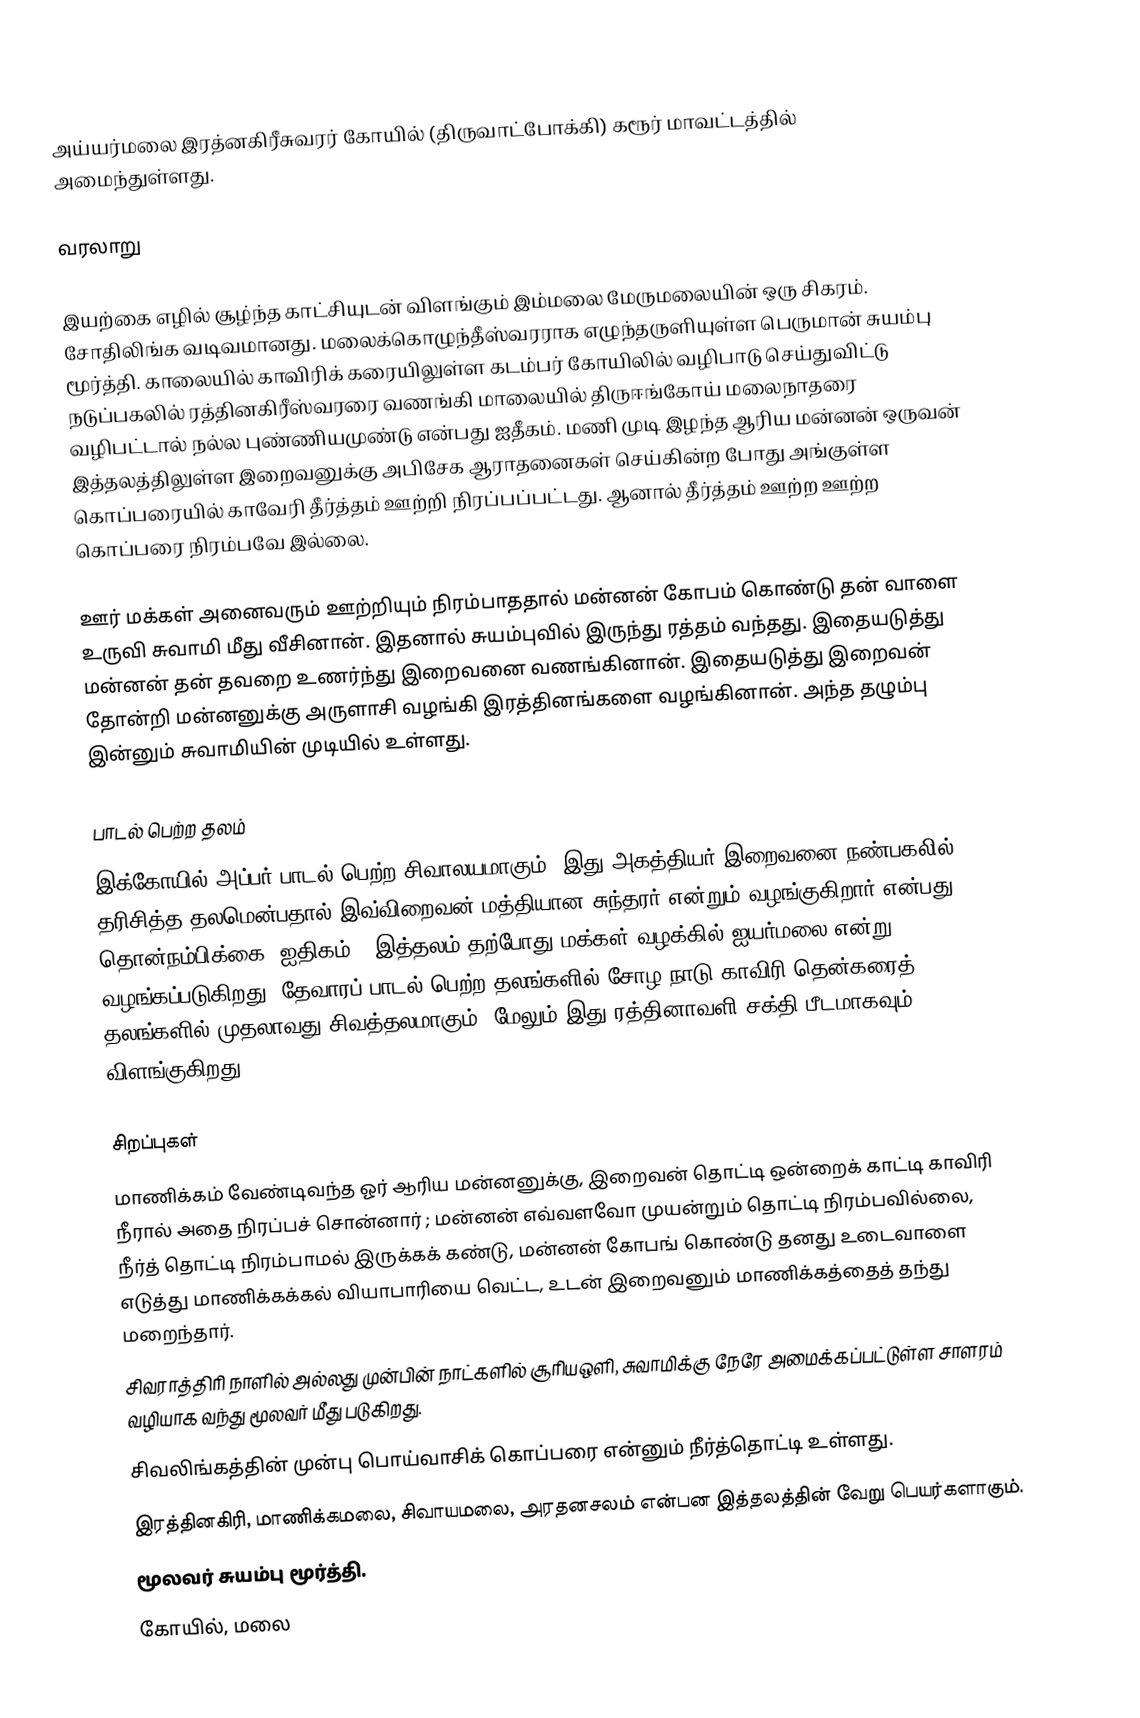
அய்யர்மலை இரத்னகிரீசுவரர் கோயில் (திருவாட்போக்கி) கரூர் மாவட்டத்தில் அமைந்துள்ளது.

வரலாறு

இயற்கை எழில் சூழ்ந்த காட்சியுடன் விளங்கும் இம்மலை மேருமலையின் ஒரு சிகரம். சோதிலிங்க வடிவமானது. மலைக்கொழுந்தீஸ்வரராக எழுந்தருளியுள்ள பெருமான் சுயம்பு மூர்த்தி. காலையில் காவிரிக் கரையிலுள்ள கடம்பர் கோயிலில் வழிபாடு செய்துவிட்டு நடுப்பகலில் ரத்தினகிரீஸ்வரரை வணங்கி மாலையில் திருஈங்கோய் மலைநாதரை வழிபட்டால் நல்ல புண்ணியமுண்டு என்பது ஐதீகம். மணி முடி இழந்த ஆரிய மன்னன் ஒருவன் இத்தலத்திலுள்ள இறைவனுக்கு அபிசேக ஆராதனைகள் செய்கின்ற போது அங்குள்ள கொப்பரையில் காவேரி தீர்த்தம் ஊற்றி நிரப்பப்பட்டது. ஆனால் தீர்த்தம் ஊற்ற ஊற்ற கொப்பரை நிரம்பவே இல்லை.

ஊர் மக்கள் அனைவரும் ஊற்றியும் நிரம்பாததால் மன்னன் கோபம் கொண்டு தன் வாளை உருவி சுவாமி மீது வீசினான். இதனால் சுயம்புவில் இருந்து ரத்தம் வந்தது. இதையடுத்து மன்னன் தன் தவறை உணர்ந்து இறைவனை வணங்கினான். இதையடுத்து இறைவன் தோன்றி மன்னனுக்கு அருளாசி வழங்கி இரத்தினங்களை வழங்கினான். அந்த தழும்பு இன்னும் சுவாமியின் முடியில் உள்ளது.

பாடல் பெற்ற தலம்
இக்கோயில் அப்பர் பாடல் பெற்ற சிவாலயமாகும். இது  அகத்தியர் இறைவனை நண்பகலில் தரிசித்த தலமென்பதால் இவ்விறைவன் மத்தியான சுந்தரர் என்றும் வழங்குகிறார் என்பது தொன்நம்பிக்கை (ஐதிகம்). இத்தலம் தற்போது மக்கள் வழக்கில் ஐயர்மலை என்று வழங்கப்படுகிறது. தேவாரப் பாடல் பெற்ற தலங்களில் சோழ நாடு காவிரி தென்கரைத் தலங்களில் முதலாவது சிவத்தலமாகும்.  மேலும் இது ரத்தினாவளி சக்தி பீடமாகவும் விளங்குகிறது.

சிறப்புகள்
மாணிக்கம் வேண்டிவந்த ஓர் ஆரிய மன்னனுக்கு, இறைவன் தொட்டி ஒன்றைக் காட்டி காவிரி நீரால் அதை நிரப்பச் சொன்னார் ; மன்னன் எவ்வளவோ முயன்றும்  தொட்டி நிரம்பவில்லை, நீர்த் தொட்டி நிரம்பாமல் இருக்கக் கண்டு, மன்னன் கோபங் கொண்டு தனது உடைவாளை எடுத்து மாணிக்கக்கல் வியாபாரியை வெட்ட, உடன் இறைவனும் மாணிக்கத்தைத் தந்து மறைந்தார்.
சிவராத்திரி நாளில் அல்லது முன்பின் நாட்களில் சூரியஒளி, சுவாமிக்கு நேரே அமைக்கப்பட்டுள்ள சாளரம் வழியாக வந்து மூலவர் மீது படுகிறது.
சிவலிங்கத்தின் முன்பு பொய்வாசிக் கொப்பரை என்னும் நீர்த்தொட்டி உள்ளது.
இரத்தினகிரி, மாணிக்கமலை, சிவாயமலை, அரதனசலம் என்பன இத்தலத்தின் வேறு பெயர்களாகும்.
மூலவர் சுயம்பு மூர்த்தி.
கோயில், மலை